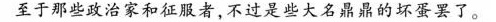
至于那些政治家和征服者，不过是那些大名鼎鼎的坏蛋罢了。